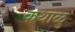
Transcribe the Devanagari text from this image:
कथाळु